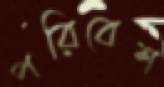
পরিবেশ